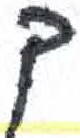
אות: ך